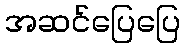
အဆင်ပြေပြေ